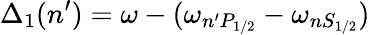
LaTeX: \Delta_{1}(n^{\prime})=\omega-(\omega_{n^{\prime}P_{1/2}}-\omega_{nS_{1/2}})